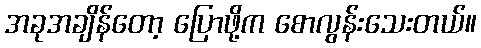
အခုအချိန်တော့ ပြောဖို့က စောလွန်းသေးတယ်။